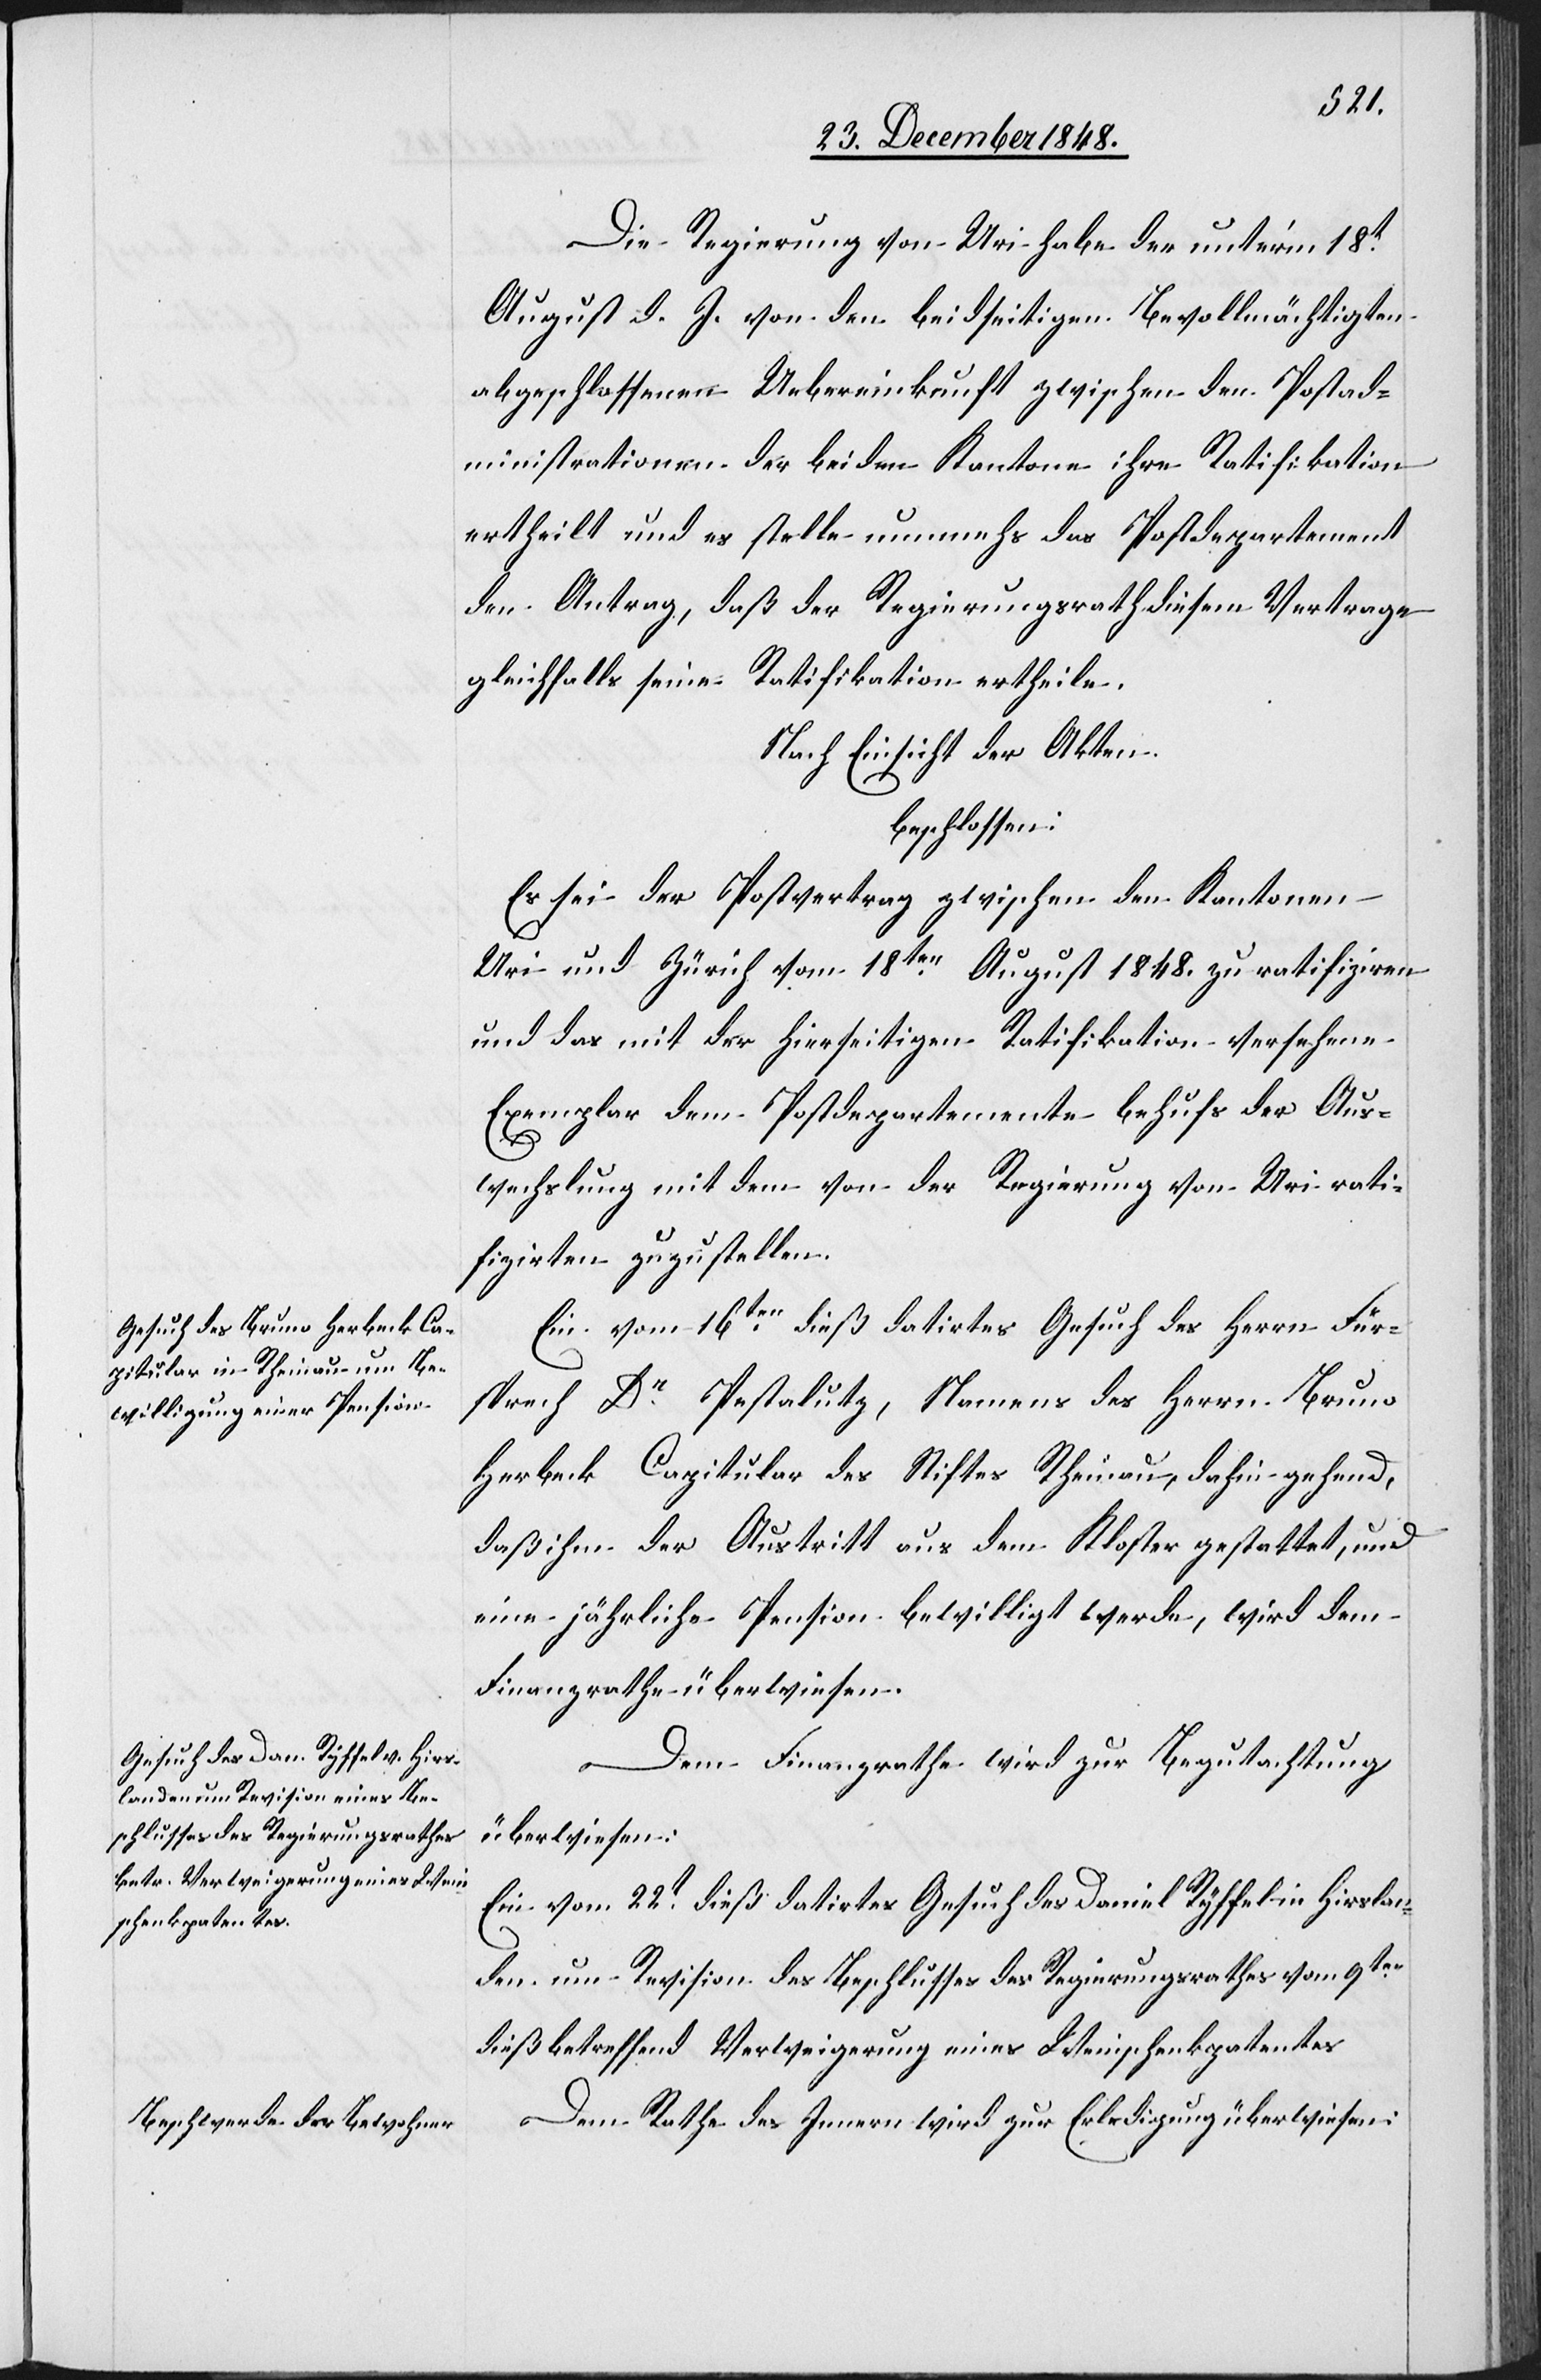
Die Regierung von Uri habe der unter’m 18t
August d. J. von den beidseitigen Bevollmächtigten
abgeschlossenen Uebereinkunft zwischen den Postad¬
ministrationen der beiden Kantone ihre Ratifikation
ertheilt und es stelle nunmehr das Postdepartement
den Antrag, daß der Regierungsrath diesem Vertrage
gleichfalls seine Ratifikation ertheile.
Nach Einsicht der Akten
beschlossen:
Es sei der Postvertrag zwischen den Kantonen
Uri und Zürich vom 18ten August 1848. zu ratifiziren
und das mit der hierseitigen Ratifikation versehene
Exemplar dem Postdepartemente behufs der Aus¬
wechslung mit dem von der Regierung von Uri rati¬
fizirten zuzustellen.
Ein vom 16ten dieß datirtes Gesuch des Herrn Für¬
sprech Dr Pestalutz, Namens des Herrn Bruno
Herbeck Capitular des Stiftes Rheinau, dahin gehend,
daß ihm der Austritt aus dem Kloster gestattet, und
eine jährliche Pension bewilligt werde, wird dem
Finanzrathe überwiesen.
Dem Finanzrathe wird zur Begutachtung
überwiesen:
Ein vom 22t dieß datirtes Gesuch des Daniel Ryffel in Hirslan¬
den um Revision des Beschlusses des Regierungsrathes vom 9ten
dieß betreffend Verweigerung eines Weinschenkpatentes.
Dem Rathes des Innern wird zur Erledigung überwiesen: